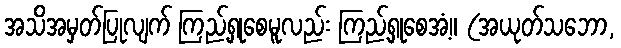
အသိအမှတ်ပြုလျက် ကြည့်ရှုစေမူလည်း ကြည့်ရှုစေအံ့။ (အယုတ်သဘော,